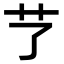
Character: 𦫼